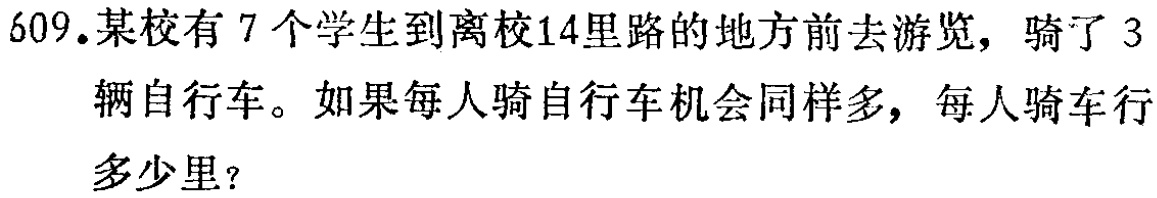
609.某校有7个学生到离校14里路的地方前去游览，骑了3辆自行车。如果每人骑自行车机会同样多，每人骑车行多少里？